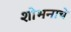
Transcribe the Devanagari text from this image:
शोभनाचे